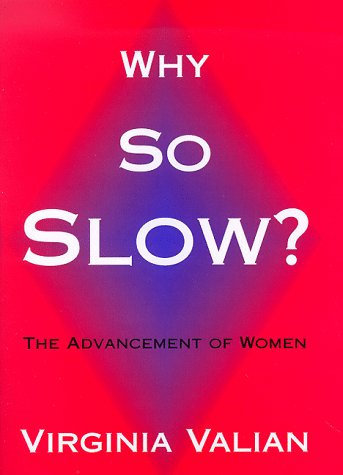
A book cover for Why So Slow?: The Advancement of Women; Virginia Valian; Business & Money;